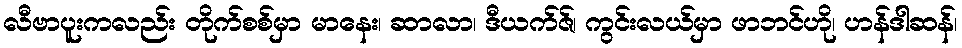
လီဗာပူးကလည်း တိုက်စစ်မှာ မာနေး၊ ဆာလာ၊ ဒီယက်ဇ်၊ ကွင်းလယ်မှာ ဖာဘင်ဟို၊ ဟန်ဒါဆန်၊